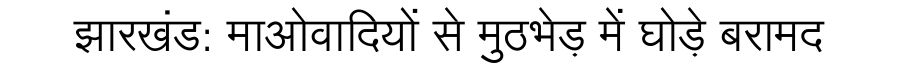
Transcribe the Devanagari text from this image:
झारखंड: माओवादियों से मुठभेड़ में घोड़े बरामद